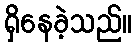
ရှိနေခဲ့သည်။